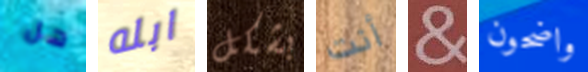
هل ابله بشكل أنت & واضحون